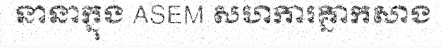
នានាក្នុង ASEM សហការគ្នាកសាង